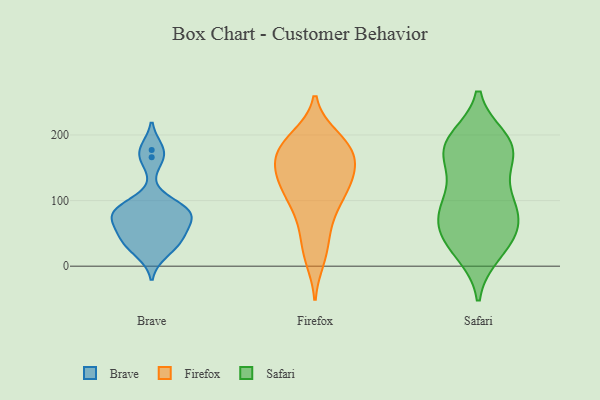
{"axis": {"x": "Production Output", "y": "Value"}, "legend": ["Brave", "Firefox", "Safari"], "data": [{"x": "", "y": 21, "type": "Brave"}, {"x": "", "y": 82, "type": "Brave"}, {"x": "", "y": 177, "type": "Brave"}, {"x": "", "y": 78, "type": "Brave"}, {"x": "", "y": 90, "type": "Brave"}, {"x": "", "y": 85, "type": "Brave"}, {"x": "", "y": 166, "type": "Brave"}, {"x": "", "y": 61, "type": "Brave"}, {"x": "", "y": 35, "type": "Brave"}, {"x": "", "y": 48, "type": "Brave"}, {"x": "", "y": 40, "type": "Brave"}, {"x": "", "y": 81, "type": "Brave"}, {"x": "", "y": 151, "type": "Firefox"}, {"x": "", "y": 131, "type": "Firefox"}, {"x": "", "y": 109, "type": "Firefox"}, {"x": "", "y": 21, "type": "Firefox"}, {"x": "", "y": 51, "type": "Firefox"}, {"x": "", "y": 183, "type": "Firefox"}, {"x": "", "y": 125, "type": "Firefox"}, {"x": "", "y": 163, "type": "Firefox"}, {"x": "", "y": 115, "type": "Firefox"}, {"x": "", "y": 67, "type": "Firefox"}, {"x": "", "y": 177, "type": "Firefox"}, {"x": "", "y": 155, "type": "Firefox"}, {"x": "", "y": 146, "type": "Firefox"}, {"x": "", "y": 165, "type": "Firefox"}, {"x": "", "y": 109, "type": "Firefox"}, {"x": "", "y": 11, "type": "Firefox"}, {"x": "", "y": 89, "type": "Firefox"}, {"x": "", "y": 197, "type": "Firefox"}, {"x": "", "y": 191, "type": "Firefox"}, {"x": "", "y": 192, "type": "Firefox"}, {"x": "", "y": 193, "type": "Safari"}, {"x": "", "y": 113, "type": "Safari"}, {"x": "", "y": 69, "type": "Safari"}, {"x": "", "y": 77, "type": "Safari"}, {"x": "", "y": 183, "type": "Safari"}, {"x": "", "y": 21, "type": "Safari"}, {"x": "", "y": 30, "type": "Safari"}, {"x": "", "y": 83, "type": "Safari"}, {"x": "", "y": 190, "type": "Safari"}, {"x": "", "y": 97, "type": "Safari"}, {"x": "", "y": 33, "type": "Safari"}, {"x": "", "y": 172, "type": "Safari"}, {"x": "", "y": 102, "type": "Safari"}, {"x": "", "y": 178, "type": "Safari"}, {"x": "", "y": 55, "type": "Safari"}, {"x": "", "y": 52, "type": "Safari"}, {"x": "", "y": 178, "type": "Safari"}, {"x": "", "y": 159, "type": "Safari"}]}